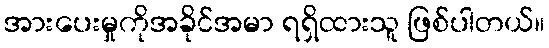
အားပေးမှုကိုအခိုင်အမာ ရရှိထားသူ ဖြစ်ပါတယ်။